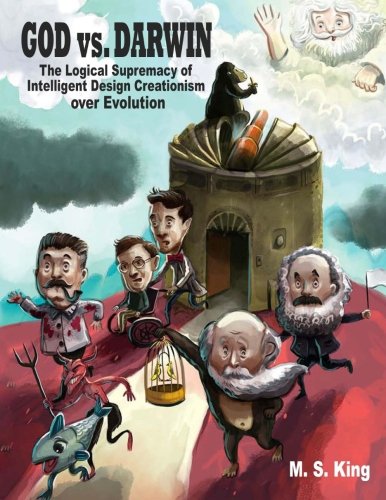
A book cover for God vs. Darwin: The Logical Supremacy of Intelligent Design Creationism Over Evolution; M S King; Christian Books & Bibles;